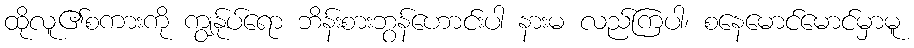
ထိုလူ၏စကားကို ကျွန်ုပ်ရော ဘိန်းစားဘွန်ဟောင်းပါ နားမ လည်ကြပါ၊ စနေမောင်မောင်မှာမူ